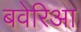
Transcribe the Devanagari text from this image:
बवेरिआ